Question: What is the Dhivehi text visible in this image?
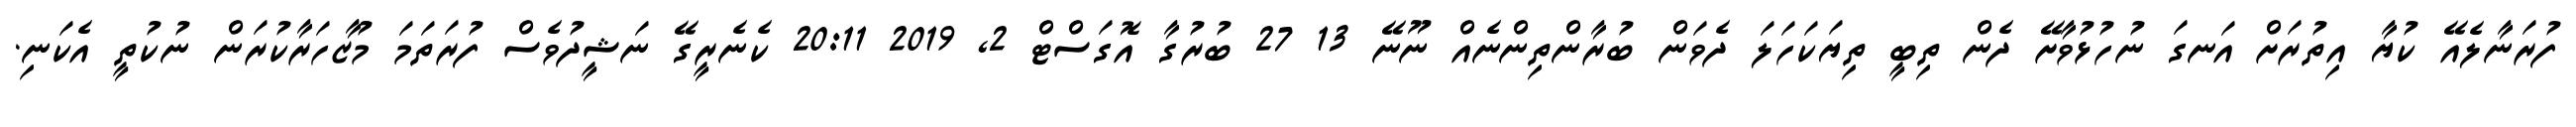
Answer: ފުރަނާލެއޭ ކުޔާ އިތުރަށް އަނގަ ނުހުޅުވާށޭ ދެން ތިބީ ތިޔަކަހަލަ ދެވަން ބުރާންތިންނެއް ނޫނޭ 13 27 ބުރުގާ އޮގަސްޓް 2, 2019 20:11 ކެނެރީގޭ ނަޝީދުވެސް ފުރަތަމަ މުޒާހަރާކުރަން ނުކުތީ އެކަނި.